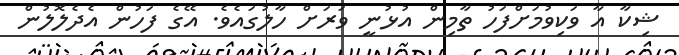
ޝިކާ އާ ވަކިވުމަށްފަހު ތާމިން އުޅުނީ ވަރަށް ހާލުގައެެވެ. އޭގެ ފަހުން އެދެލޮލުން